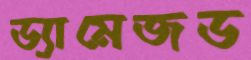
ড্যামেজড